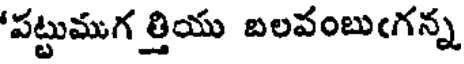
'పట్టుముగ త్తియు బలవంబుఁగన్న